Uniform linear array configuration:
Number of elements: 48
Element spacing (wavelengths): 1
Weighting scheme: kaiser
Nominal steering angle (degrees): -15
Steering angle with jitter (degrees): -16.912
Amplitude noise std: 0.05
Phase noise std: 0.05

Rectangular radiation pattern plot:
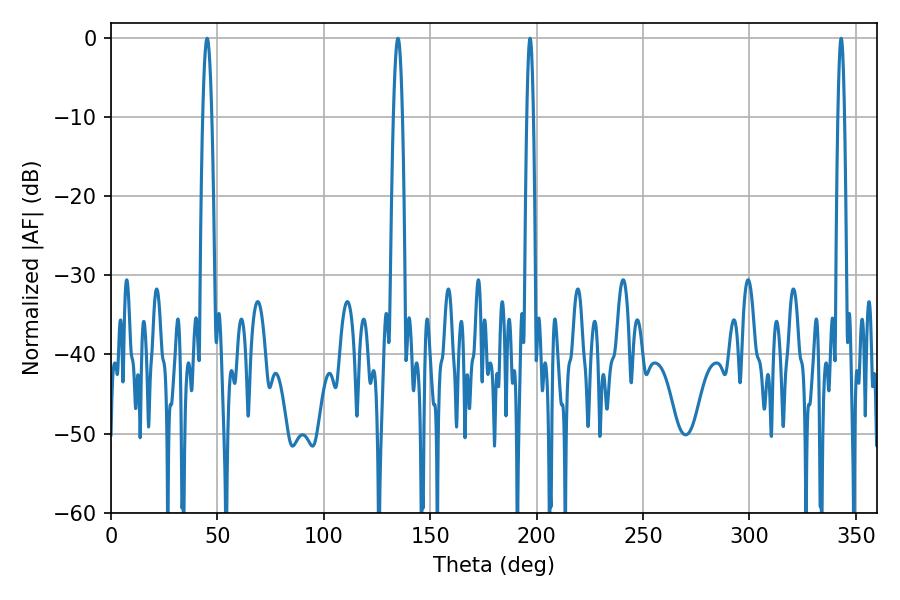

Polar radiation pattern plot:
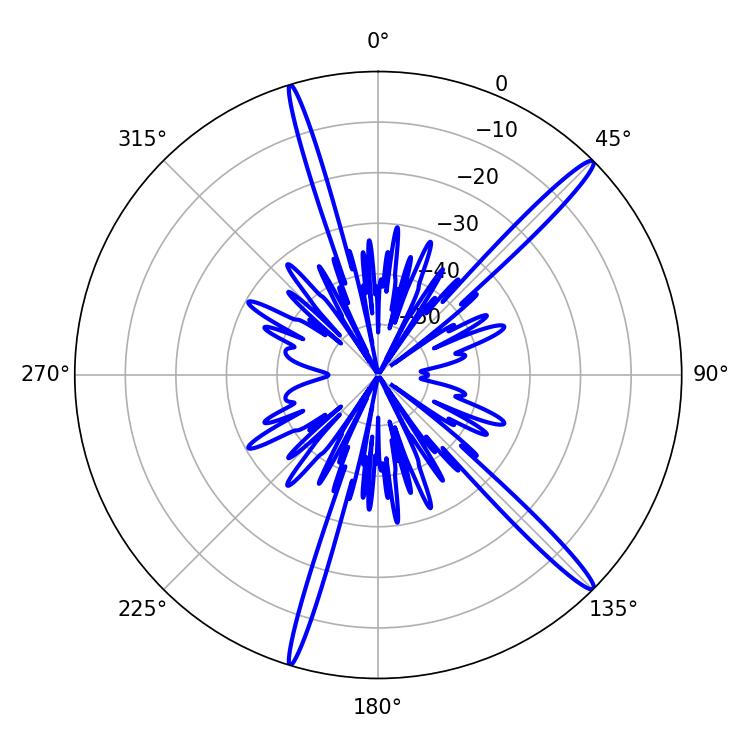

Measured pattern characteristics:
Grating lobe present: TRUE
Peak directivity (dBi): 16.561
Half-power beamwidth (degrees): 1.62
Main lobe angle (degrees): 343.08